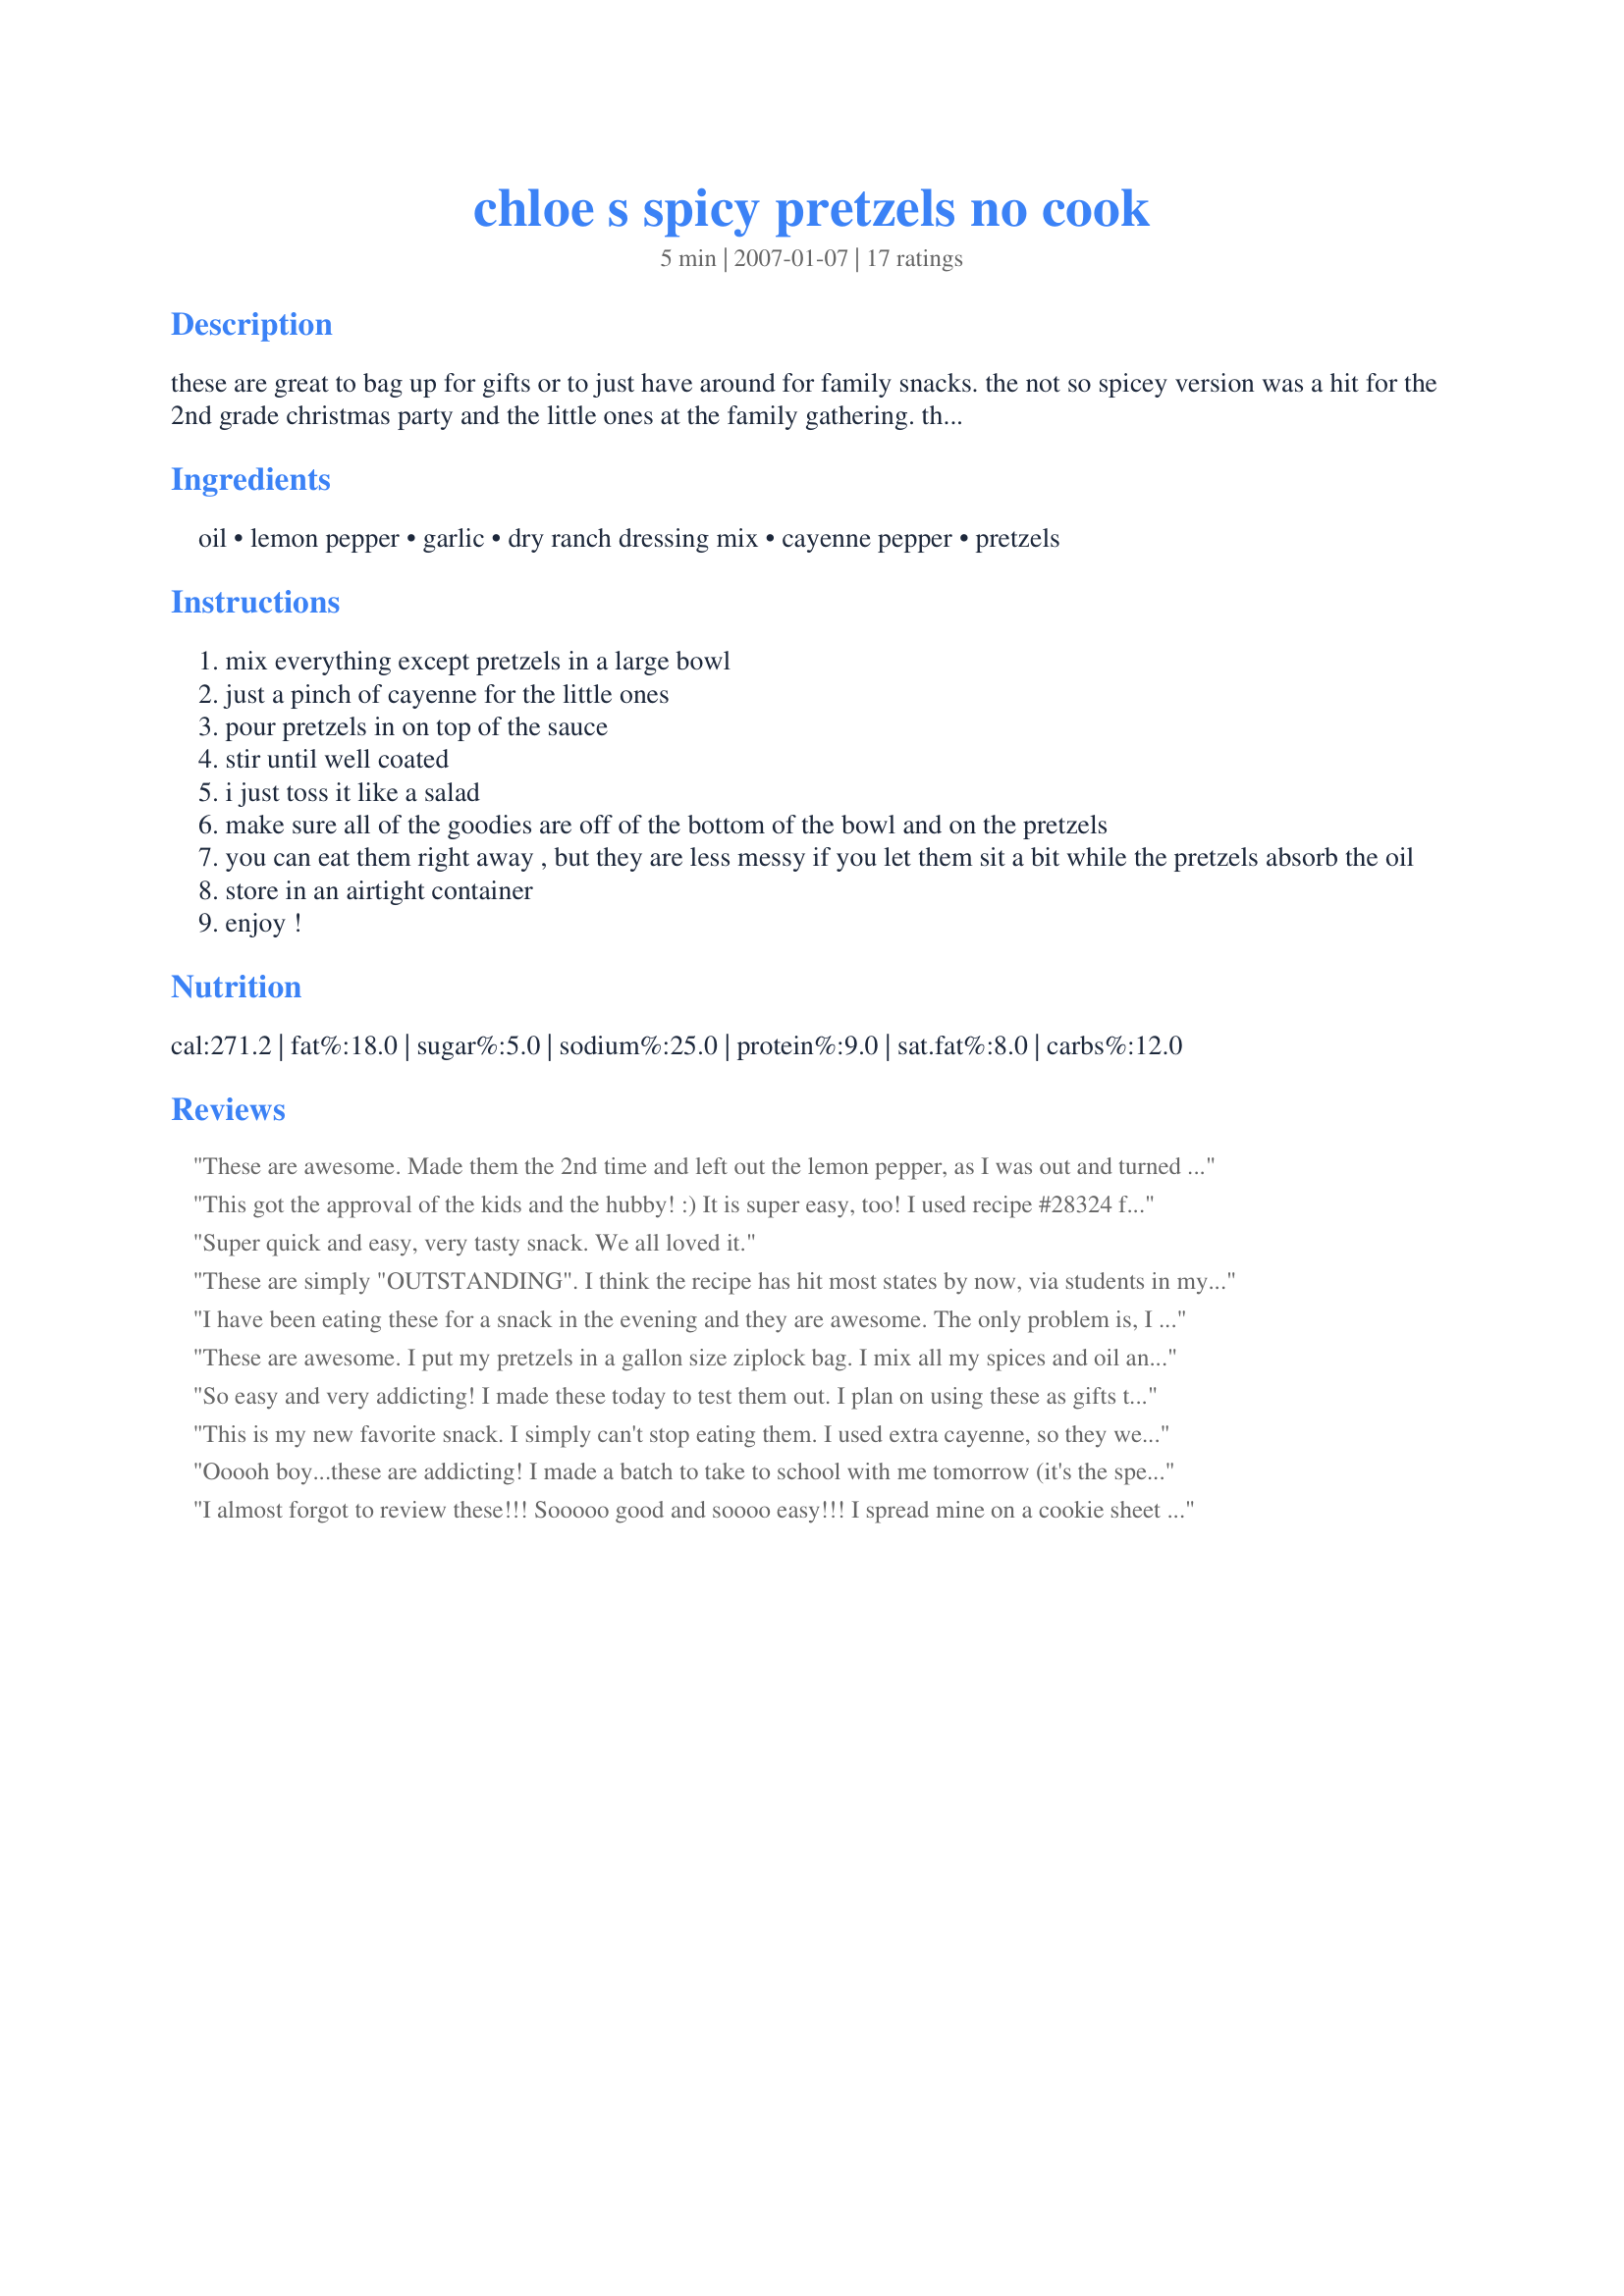
chloe s spicy pretzels no cook
Preparation time: 5 minutes

these are great to bag up for gifts or to just have around for family snacks. the not so spicey version was a hit for the 2nd grade christmas party and the little ones at the family gathering. the spicy version was a hit at the family christmas gathering.

Ingredients:
oil, lemon pepper, garlic, dry ranch dressing mix, cayenne pepper, pretzels

Steps:
mix everything except pretzels in a large bowl
just a pinch of cayenne for the little ones
pour pretzels in on top of the sauce
stir until well coated
i just toss it like a salad
make sure all of the goodies are off of the bottom of the bowl and on the pretzels
you can eat them right away , but they are less messy if you let them sit a bit while the pretzels absorb the oil
store in an airtight container
enjoy !

Reviews:
These are awesome. Made them the 2nd time and left out the lemon pepper, as I was out and turned out even better. Love the kick of the pepper (and I only used a teaspoon). Thanks for a great recipe!!! My new favorite snack!!
This got the approval of the kids and the hubby! :) It is super easy, too! I used recipe #28324 for the ranch dressing mix, Mrs. Dash for the lemon pepper, and garlic powder instead of granules. Great stuff! :) Thank you for posting! It is a keeper!
Super quick and easy, very tasty snack. We all loved it.
These are simply "OUTSTANDING". I think the recipe has hit most states by now, via students in my cooking class! :-). Thanks for such a great tasting easy recipe. Koechin
I have been eating these for a snack in the evening and they are awesome. The only problem is, I can't stop eating them! Thanks for the recipe.
These are awesome. I put my pretzels in a gallon size ziplock bag. I mix all my spices and oil and just pour them over my pretzels and let them soak, I flip the over about every half hour or so to get everything coated real good. So easy and I don't have to dirty up a bowl. They are wonderful my 10 year old cant get enough of them.
So easy and very addicting! I made these today to test them out. I plan on using these as gifts this year. I did only use half the cayenne and you could taste it. I am sure everyone will love them as much as I! Thanks for the wonderful recipe that takes only minutes to put together!
This is my new favorite snack. I simply can't stop eating them. I used extra cayenne, so they were really spicy. YUMMM!
Ooooh boy...these are addicting! I made a batch to take to school with me tomorrow (it's the specials teachers, including EC teachers turn to provide snacks for the teachers' lounge). I followed the receipe except I added 2 c dry roasted peanuts to the square, grid-shaped pretzels. Of course I HAD to sample one or three... I like how the cayenne pepper sorta builds after you eat one. Like you don't taste it at first but then... I used only 1 teaspoon of cayenne pepper and, for me, it was just right. Zippy but not too hot. You can bet your sweet bippy I'll make them again! Thanks from me and my (granddaughter) Chloe!
I almost forgot to review these!!! Sooooo good and soooo easy!!! I spread mine on a cookie sheet to dry. They only took a few minutes and they were perfect!!! I couldn't stop eating them!!!!
Per a discussion on the community board, I received this recipe for the 4H Cloverbuds. The kids loved making them. Later, I made a batch for the family, and Eldest Daughter took some to the break room at work. They were a hit there too. These get rave reviews wherever I serve them. Note: little kids get 1/4 tsp of cayenne in their batch; grownups get the full 1 1/2 tsp.
This recipe is so simple and so good! My nine y/o dd made these for us yesterday and they are a quick, delicious little treat. Somewhat salty but I think my lemmon pepper has salt added. I also forgot to add the garlic but it was still great.
Excellent recipe!!!
Wow! So good! I made as directed except used Mansmith's Garlic Stuff instead of garlic granules. So good!!! I'll make this a lot over the holidays. Easy Peezy!
This was excellent and so easy to make for christmas gifts. I used 1 tsp of the cayenne and that had enough kick for me!
Wow...these are the ultimate pretzels! I used about half of the cayenne as we don't really like things hot. I made a batch up one day and it was gone 2 days later. Great snack and appetizer. Thanks, GrannyHen, for sharing a winner.
We always do these at least a day in advance because they are so much better after the sit for awhile. We measure everything in a gallon sized bag and then pour the bag of pretzels in the gallon bag and gently mix everything around. We flip the bag just like another reviewer said every time we walk by them on the counter. After sitting overnight they will soak up all the oil and spices. We tend to put in more red pepper since the people that eat these like em really hot. Great, easy recipe that will please just about anyone!
